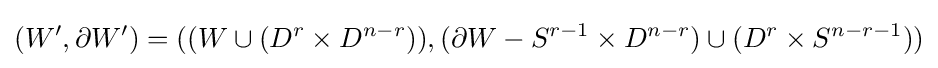
(W',\partial W')=((W\cup (D^{r}\times D^{n-r})),(\partial W-S^{r-1}\times D^{n-r})\cup (D^{r}\times S^{n-r-1}))